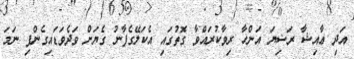
އަދި ޢާއިޝާ ރަޟިޔަ އަންހާ ރިވާކުރައްވާ ގޮތުގައި އެކަލޭގެފާނު ގެޔަށް ވަދެވަޑައިގެންފި ނަމަ